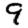
Digit: 9